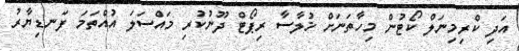
އަދި ކްރިމިނަލް ކޯޓުން މިހާތަނަށް ޚުލާސާ ރިޕޯޓް ދޫނުކުރި މައްސަލަ އުއްތަމަ ފަނޑިޔާރު